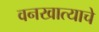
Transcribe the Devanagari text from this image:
वनखात्याचे